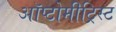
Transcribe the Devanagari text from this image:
ऑप्टोमीट्रिस्ट